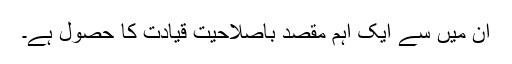
ان میں سے ایک اہم مقصد باصلاحیت قیادت کا حصول ہے۔